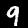
Digit: 9